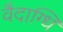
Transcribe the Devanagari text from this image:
वैदाग्धि